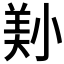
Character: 𡮔